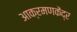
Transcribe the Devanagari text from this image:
आक्रमणकेंद्र